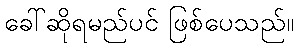
ခေါ်ဆိုရမည်ပင် ဖြစ်ပေသည်။